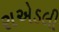
રાએડલી